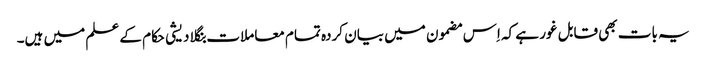
یہ بات بھی قابل غور ہے کہ اِس مضمون میں بیان کردہ تمام معاملات بنگلا دیشی حکام کے علم میں ہیں۔